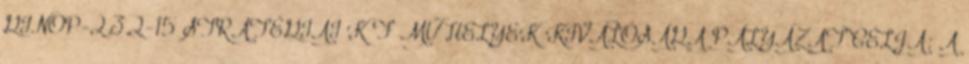
GINOP-2.3.2-15 STRATÉGIAI K F MŰHELYEK KIVÁLÓSÁGA PÁLYÁZAT CÉLJA: A